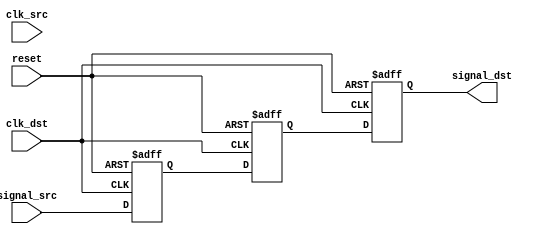
module signal_level_crossing_synchronizer #(
    parameter WIDTH = 1 // Width of the input signal
)(
    input  wire              clk_src,      // Source clock
    input  wire              clk_dst,      // Destination clock
    input  wire [WIDTH-1:0] signal_src,   // Input signal from source clock domain
    input  wire              reset,        // Asynchronous reset
    output reg  [WIDTH-1:0] signal_dst     // Synchronized output signal
);

    // Internal signals for the two-stage synchronization
    reg [WIDTH-1:0] sync_ff1; // First flip-flop
    reg [WIDTH-1:0] sync_ff2; // Second flip-flop

    // First stage of synchronization (sample on destination clock)
    always @(posedge clk_dst or posedge reset) begin
        if (reset) begin
            sync_ff1 <= {WIDTH{1'b0}}; // Initialize to known state
        end else begin
            sync_ff1 <= signal_src; // Sample the input signal
        end
    end

    // Second stage of synchronization (output stable signal)
    always @(posedge clk_dst or posedge reset) begin
        if (reset) begin
            sync_ff2 <= {WIDTH{1'b0}}; // Initialize to known state
        end else begin
            sync_ff2 <= sync_ff1; // Pass the sampled signal to the output
        end
    end

    // Output the synchronized signal
    always @(posedge clk_dst or posedge reset) begin
        if (reset) begin
            signal_dst <= {WIDTH{1'b0}}; // Initialize to known state
        end else begin
            signal_dst <= sync_ff2; // Output the synchronized signal
        end
    end

endmodule